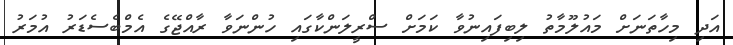
އަދި މިހާތަނަށް މައުލޫމާތު ލިބިފައިނުވާ ކަމަށް ސްރީލަންކާގައި ހުންނަވާ ރާއްޖޭގެ އެމްބެސެޑަަރު އުމަރު